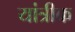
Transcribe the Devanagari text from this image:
यांत्रीक